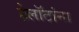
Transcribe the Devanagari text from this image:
हेलॉटांना